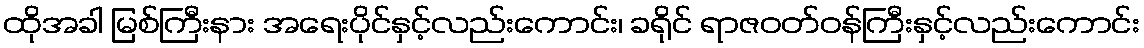
ထိုအခါ မြစ်ကြီးနား အရေးပိုင်နှင့်လည်းကောင်း၊ ခရိုင် ရာဇဝတ်ဝန်ကြီးနှင့်လည်းကောင်း